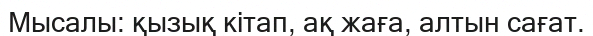
Мысалы: қызық кітап, ақ жаға, алтын сағат.